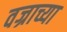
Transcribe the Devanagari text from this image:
वज्राच्या